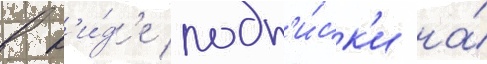
в в'и́д'е подп'и́ск'и на́